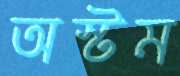
অস্টম